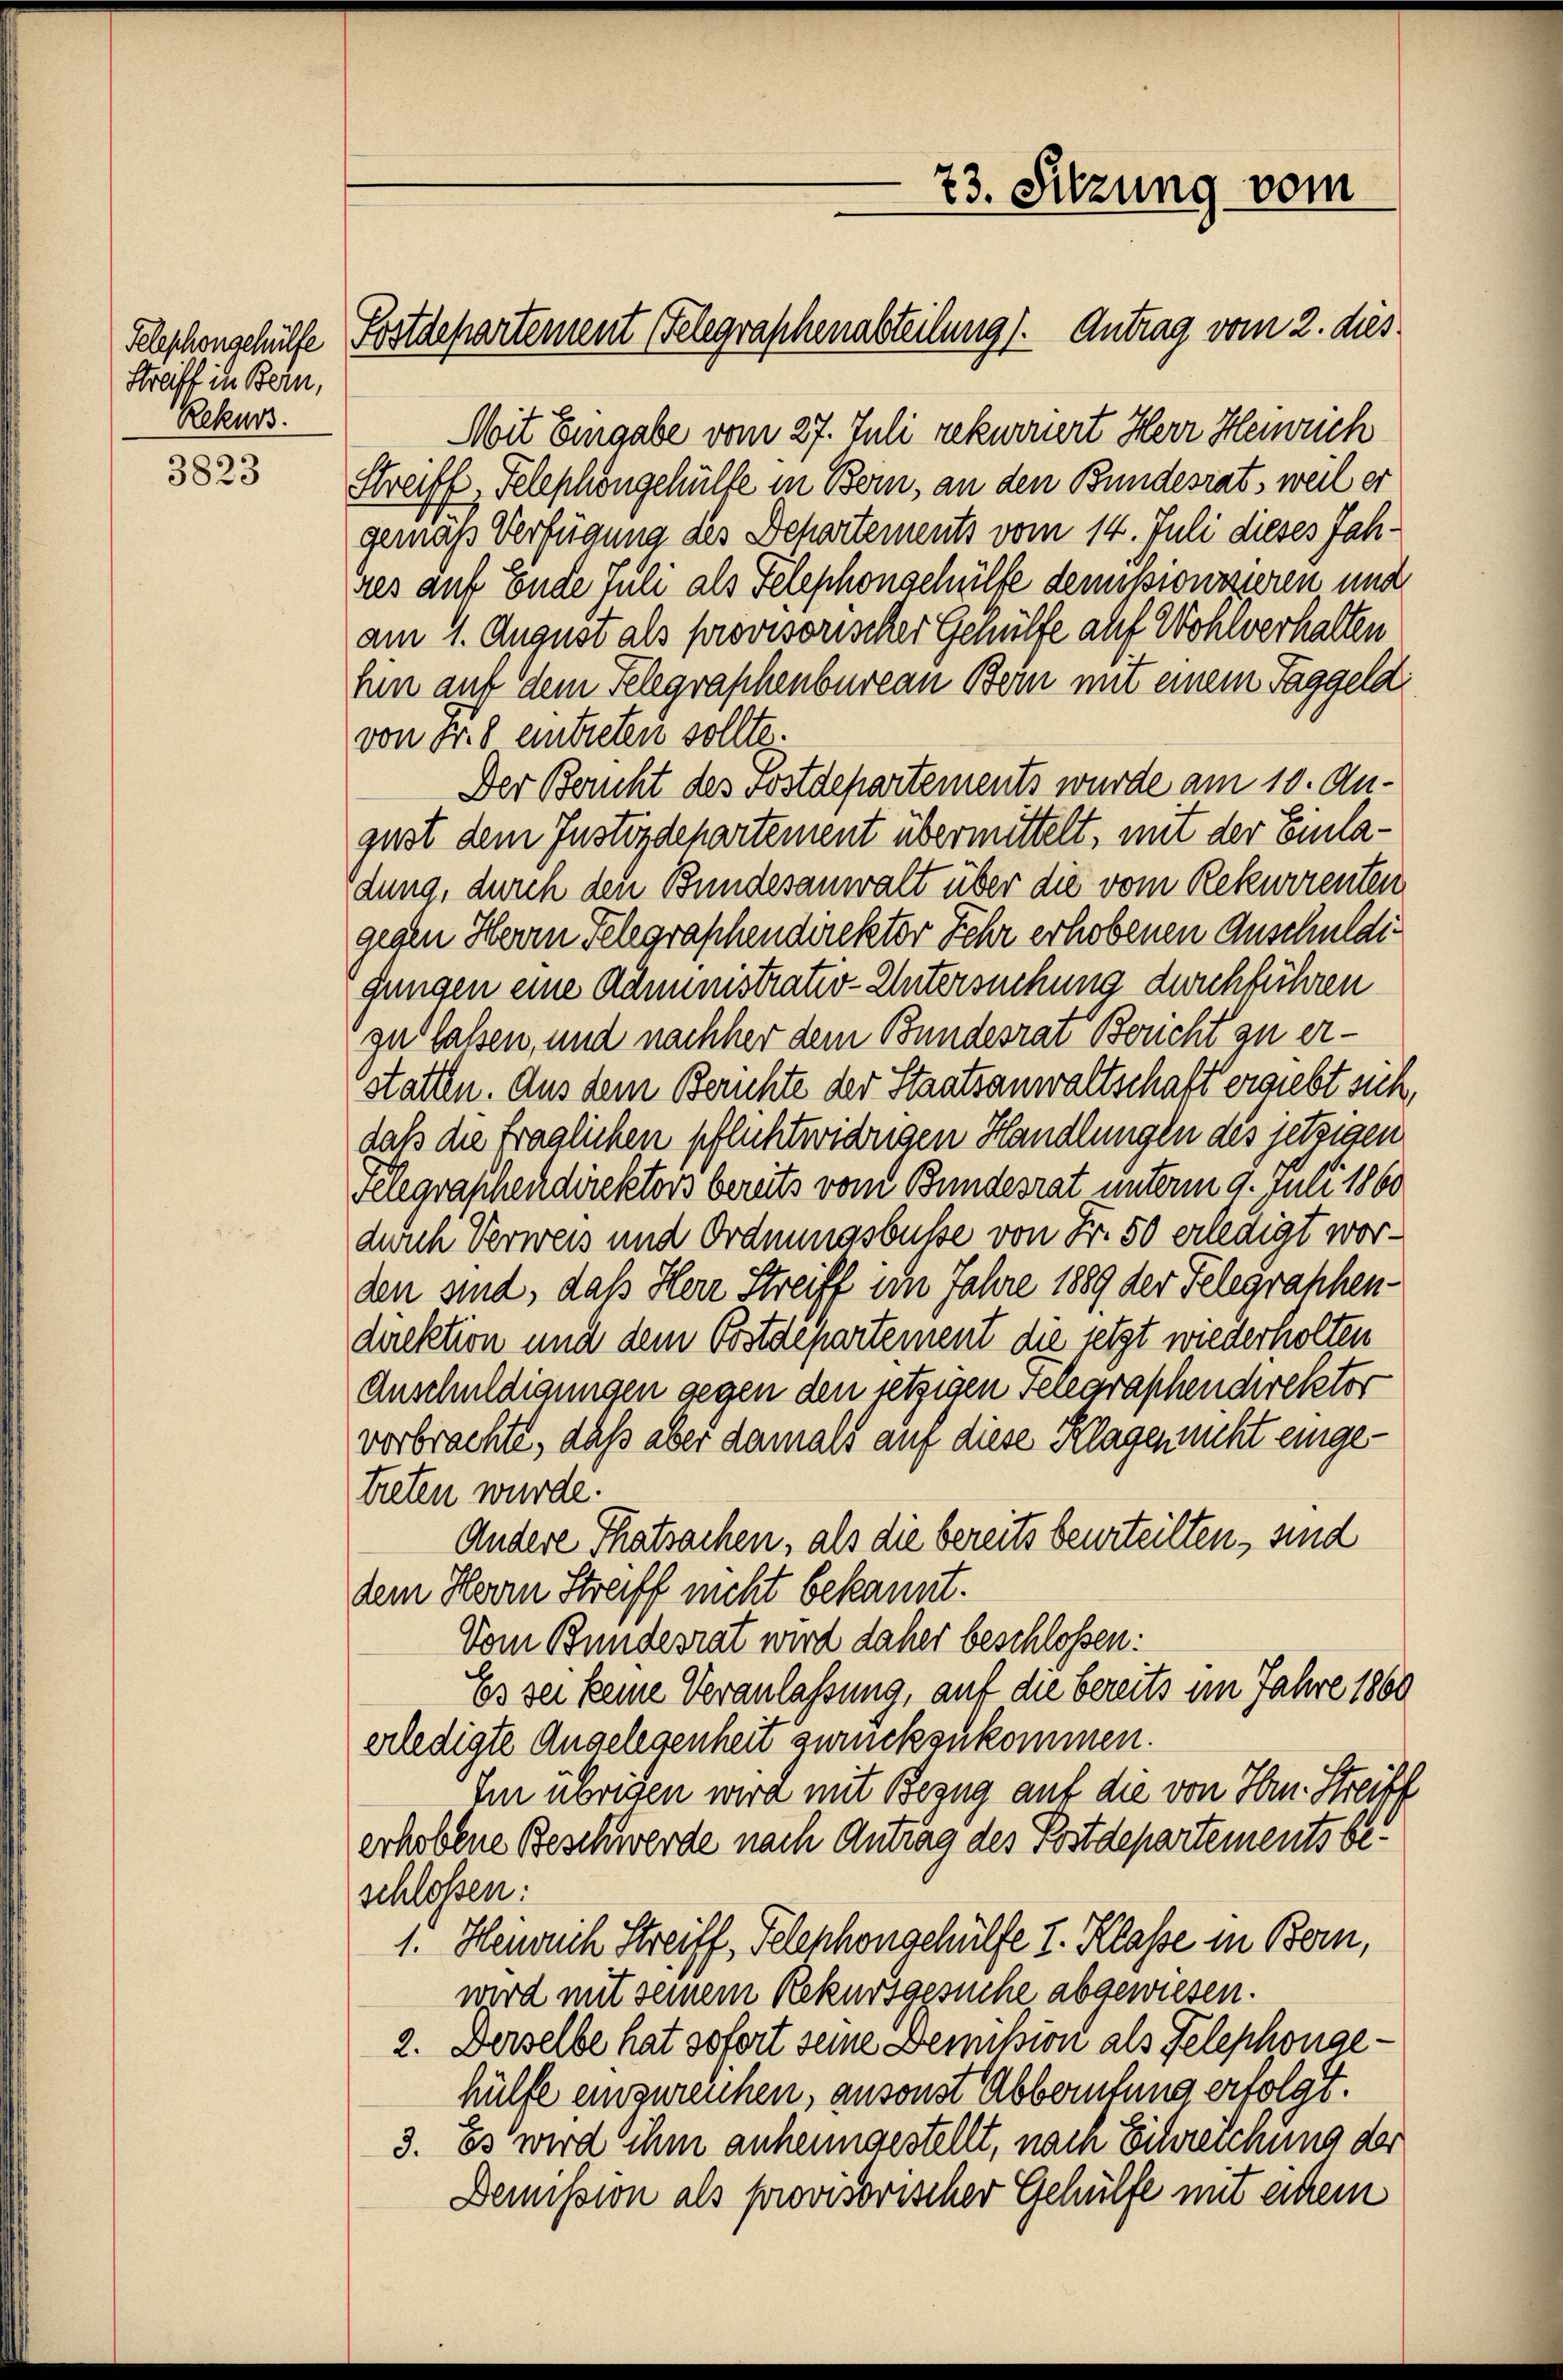
Telephongehülfe
Streiff in Bern,
Rekurs.

3823

Postdepartement (Telegraschenabteilung). Antrag vom 2. dies

Mit Eingabe vom 27. Juli rekurriert Herr Heinrich
Streiff, Telephongehülfe in Bern, an den Bundesrat, weil er
geras Verfügung des Departements vom 14. Juli dieses Jahres auf Ende Juli als Telephonschülfe dempionisieren und
am 1. August als provisorischer Gehülfe auf Wohlverhalten
hn auf dem Felegraphenbureau Bern mit einem Taggela
von Fr. 8 eintreten sollte.
Der Bericht des Sostdepartements wurde am 10. August dem Justizdepartement übermittelt, mit der Einladung, durch den Bundesanwalt über die vom Rekurrenten
gegen Herrn Telegraphendirektor Fehr erhobenen Anschuldigungen eine Administrativ-Untersuchung durchführen
zu lassen, und nachher dem Bundesrat Brucht zu erstatten. Aus dem Berichte der Staatsanwaltschaft ergiebt sich
daß die fraglichen pflichtwidrigen Handlungen des jetzigen
Gelegraschendirektors bereits vom Bundesrat unterm 9. Juli 1860
durch Verweis und Ordnungsbusse von Fr. 50 erledigt worden sind, daß Herr Streiff im Jahre 1889 der Telegraphen-
direktion und dem Bostdepartement die jetzt wiederholten
Anschuldigungen gegen den jetzigen Telegraphendirektor
vorbrachte, daß aber damals auf diese Klagen nicht eingetreten wurde.
Andere Thatsachen, als die bereits beurteilten, sind
dem Herrn Streiff nicht bekannt.
Vom Bundesrat wird daher beschlossen:
Es sei keine Veranlassung, auf die bereits im Jahre 1860
erledigte Angelegenheit zurückzukommen.
Im übrigen wird mit Bezug auf die von Hrn. Streiff
erhobene Beschwerde nach Antrag des Postdepartements beschlossen:
1. Henrich Streiff, Telephongehülfe I. Klasse in Bern,
wird mit seinem Rekursgesuche abgewiesen.
2. Derselbe hat sofort seine Demission als Telephongehülfe einzureichen, ansonst Abberufung erfolgt.
3. Es wird ihm anheimgestellt, nam Schreichung der
Demission als provisorischer Gehülfe mit einem

73. Sitzung vom